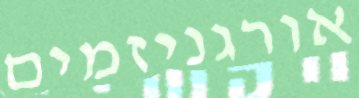
אורגניזמים